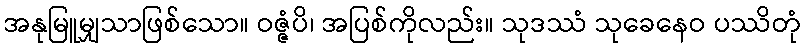
အနုမြူမျှသာဖြစ်သော။ ဝဇ္ဇံပိ၊ အပြစ်ကိုလည်း။ သုဒဿံ သုခေနေဝ ပဿိတုံ